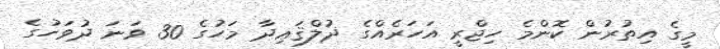
މީގެ އިތުރުން ކޮންމެ ހިޖްރީ އަހަރެއްގެ ޛުލްޤަޢިދާ މަހުގެ 30 ވަނަ ދުވަހުގެ